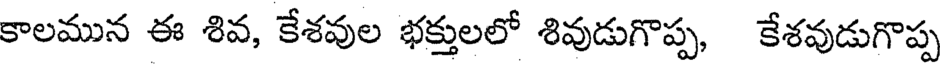
కాలమున ఈ శివ, కేశవుల భక్తులలో శివుడుగొప్ప, కేశవుడుగొప్ప